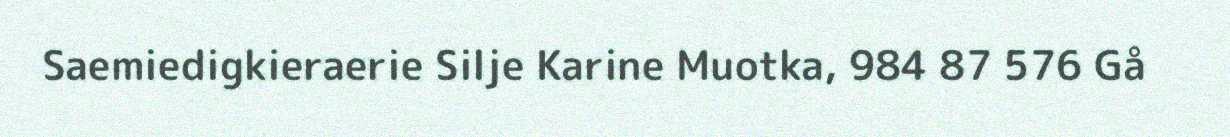
Saemiedigkieraerie Silje Karine Muotka, 984 87 576 Gå